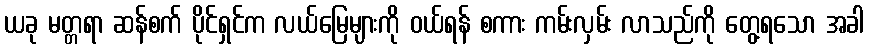
ယခု မတ္တရာ ဆန်စက် ပိုင်ရှင်က လယ်မြေများကို ဝယ်ရန် စကား ကမ်းလှမ်း လာသည်ကို တွေ့ရသော အခါ